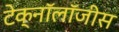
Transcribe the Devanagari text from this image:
टेक्नॉलॉजीस